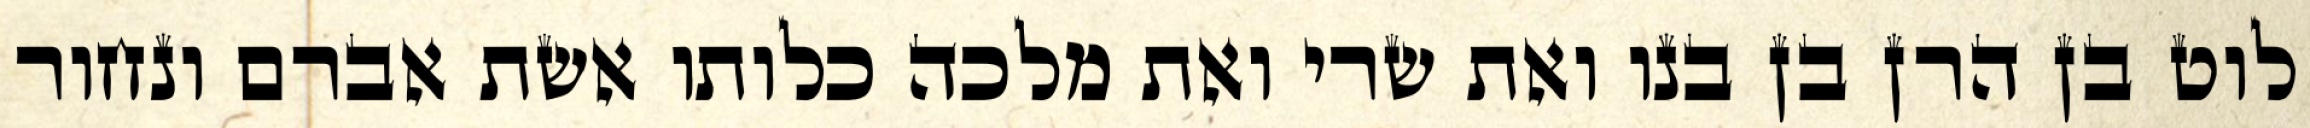
לוט בן הרן בן בנו ואת שרי ואת מלכה כלותו אשת אברם ונחור